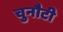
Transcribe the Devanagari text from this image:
चुनौटी